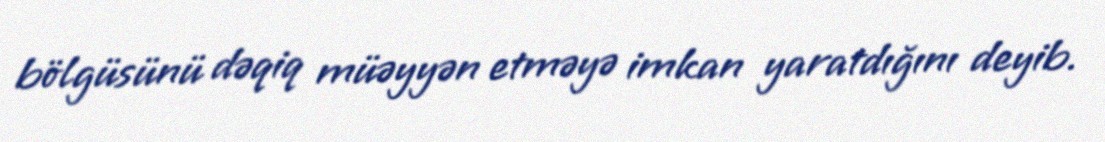
bölgüsünü dəqiq müəyyən etməyə imkan yaratdığını deyib.